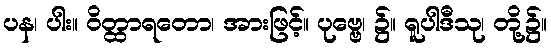
ပန၊ ပါး။ ဝိတ္ထာရတော၊ အားဖြင့်။ ပုဗ္ဗေ၊ ၌။ ရူပါဒီသု၊ တို့၌။